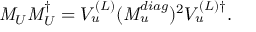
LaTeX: { \it M } _ { U } { \it M } _ { U } ^ { \dagger } = V _ { u } ^ { ( L ) } ( { \it M } _ { u } ^ { d i a g } ) ^ { 2 } V _ { u } ^ { ( L ) \dagger } .